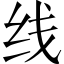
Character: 线